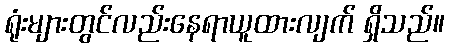
ရုံးများတွင်လည်းနေရာယူထားလျက် ရှိသည်။